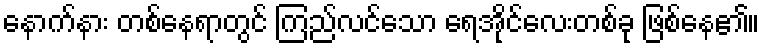
နောက်နား တစ်နေရာတွင် ကြည်လင်သော ရေအိုင်လေးတစ်ခု ဖြစ်နေ၏။